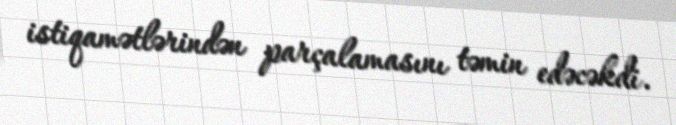
istiqamətlərindən parçalamasını təmin edəcəkdi.